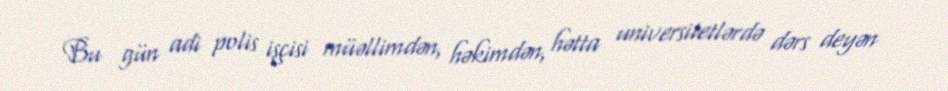
Bu gün adi polis işçisi müəllimdən, həkimdən, hətta universitetlərdə dərs deyən